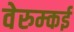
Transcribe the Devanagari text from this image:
वेरुम्कई